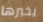
يخبرها